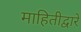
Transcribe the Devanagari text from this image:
माहितीद्वारे